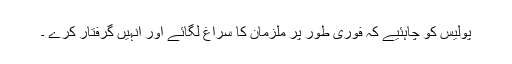
پولیس کو چاہئیے کہ فوری طور پر ملزمان کا سراغ لگائے اور انہیں گرفتار کرے ۔